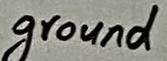
Text: ground